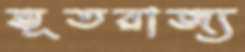
ভূতরাজ্য